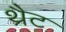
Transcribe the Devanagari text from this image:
थ्रैट